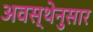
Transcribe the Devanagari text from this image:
अवस्थेनुसार